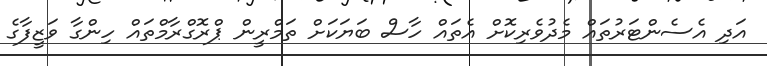
އަދި އެސެންޓަރުތައް މެދުވެރިކޮށް އެތައް ހާސް ބަޔަކަށް ތަމްރީން ޕްރޮގްރާމްތައް ހިންގާ ވަޒީފާގެ